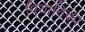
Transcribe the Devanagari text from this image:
पियानिका